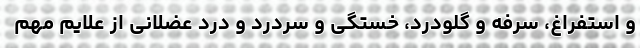
و استفراغ، سرفه و گلودرد، خستگی و سردرد و درد عضلانی از علایم مهم